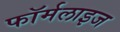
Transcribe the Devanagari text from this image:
फॉर्मलाइज